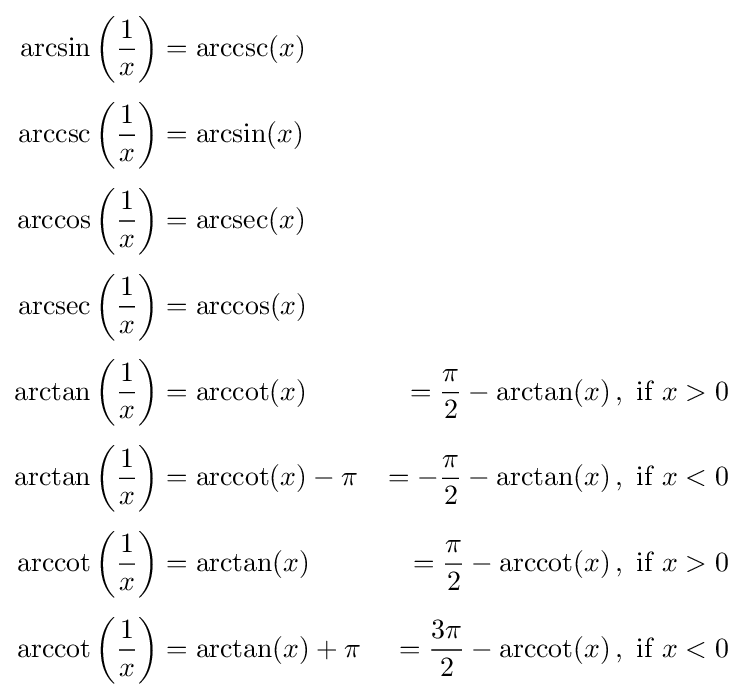
{\begin{aligned}\arcsin \left({\frac {1}{x}}\right)&=\operatorname {arccsc} (x)&\\[0.3em]\operatorname {arccsc} \left({\frac {1}{x}}\right)&=\arcsin(x)&\\[0.3em]\arccos \left({\frac {1}{x}}\right)&=\operatorname {arcsec} (x)&\\[0.3em]\operatorname {arcsec} \left({\frac {1}{x}}\right)&=\arccos(x)&\\[0.3em]\arctan \left({\frac {1}{x}}\right)&=\operatorname {arccot} (x)&={\frac {\pi }{2}}-\arctan(x)\,,{\text{ if }}x>0\\[0.3em]\arctan \left({\frac {1}{x}}\right)&=\operatorname {arccot} (x)-\pi &=-{\frac {\pi }{2}}-\arctan(x)\,,{\text{ if }}x<0\\[0.3em]\operatorname {arccot} \left({\frac {1}{x}}\right)&=\arctan(x)&={\frac {\pi }{2}}-\operatorname {arccot} (x)\,,{\text{ if }}x>0\\[0.3em]\operatorname {arccot} \left({\frac {1}{x}}\right)&=\arctan(x)+\pi &={\frac {3\pi }{2}}-\operatorname {arccot} (x)\,,{\text{ if }}x<0\end{aligned}}